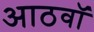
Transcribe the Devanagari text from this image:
आठवाॅ